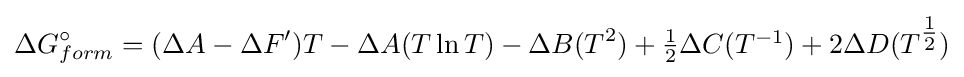
\Delta G_{form}^{\circ }=(\Delta A-\Delta F')T-\Delta A(T\ln T)-\Delta B(T^{2})+\textstyle {\frac {1}{2}}\Delta C(T^{-1})+2\Delta D(T^{\textstyle {\frac {1}{2}}})